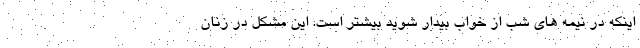
اینکه در نیمه‌ های شب از خواب بیدار شوید بیشتر است. این مشکل در زنان